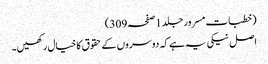
(خطبات مسرور جلد1صفحہ309)
اصل نیکی یہ ہے کہ دوسروں کے حقوق کا خیال رکھیں۔